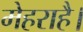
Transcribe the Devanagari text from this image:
मेहराहै।